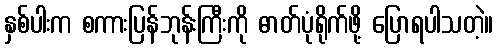
နှစ်ပါးက စကားပြန်ဘုန်းကြီးကို ဓာတ်ပုံရိုက်ဖို့ ပြောရပါသတဲ့။